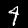
Label: 4